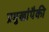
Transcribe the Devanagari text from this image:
प्रमुखांपैकी